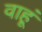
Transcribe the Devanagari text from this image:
वाहूं